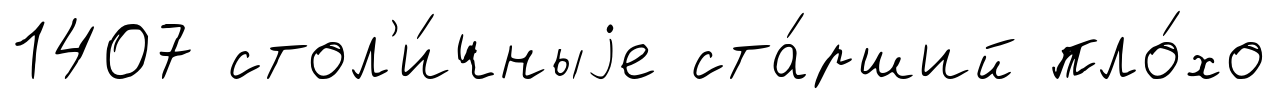
1407 стол'и́чныjе ста́рший пло́хо